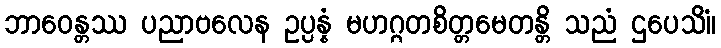
ဘာဝေန္တဿ ပညာဗလေန ဥပ္ပန္နံ မဟဂ္ဂတစိတ္တမေတန္တိ သညံ ဌပေသိံ။